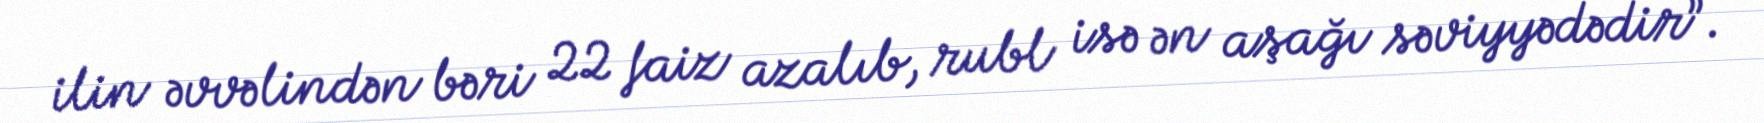
ilin əvvəlindən bəri 22 faiz azalıb, rubl isə ən aşağı səviyyədədir”.